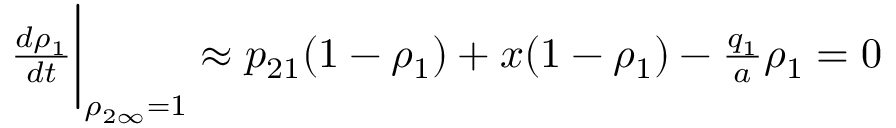
\begin{array} { r } { \frac { d \rho _ { 1 } } { d t } \bigg | _ { \rho _ { 2 \infty } = 1 } \approx p _ { 2 1 } ( 1 - \rho _ { 1 } ) + x ( 1 - \rho _ { 1 } ) - \frac { q _ { 1 } } { a } \rho _ { 1 } = 0 } \end{array}